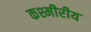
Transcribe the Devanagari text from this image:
कश्मीरीय